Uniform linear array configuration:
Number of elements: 64
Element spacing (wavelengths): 0.25
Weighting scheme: blackman
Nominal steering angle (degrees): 0
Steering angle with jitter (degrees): -1.655
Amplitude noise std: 0.05
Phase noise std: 0.05

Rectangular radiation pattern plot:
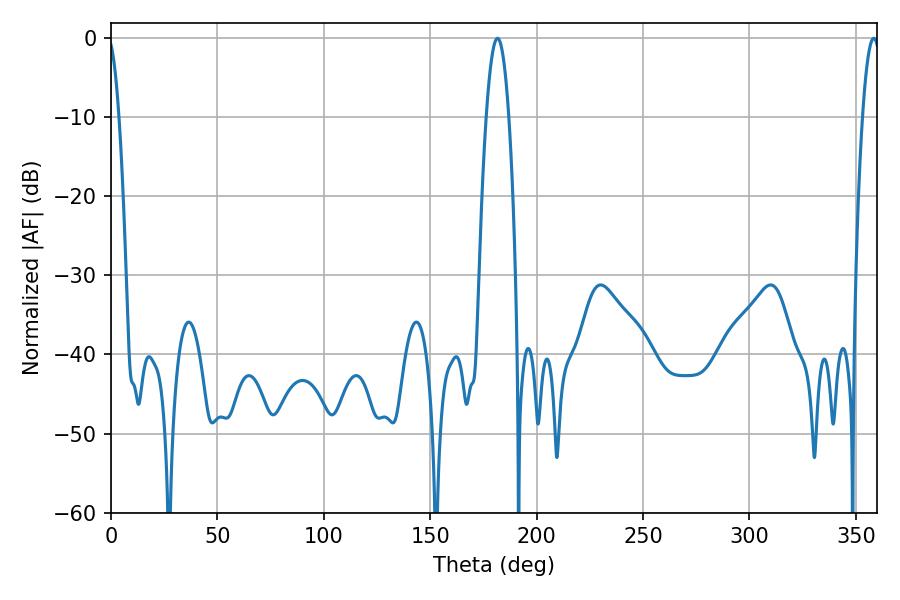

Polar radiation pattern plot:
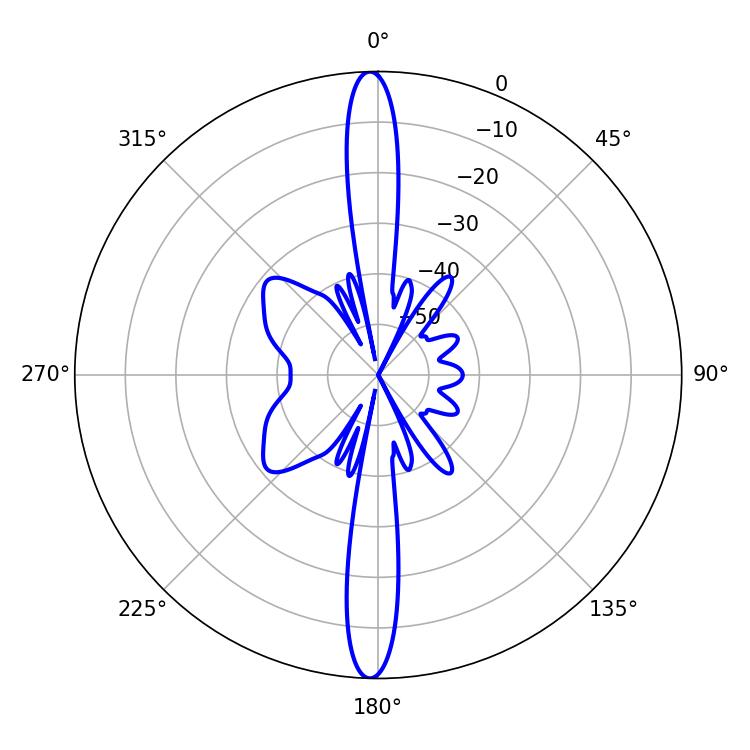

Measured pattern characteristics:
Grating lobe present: FALSE
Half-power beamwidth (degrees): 5.76
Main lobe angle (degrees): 181.62